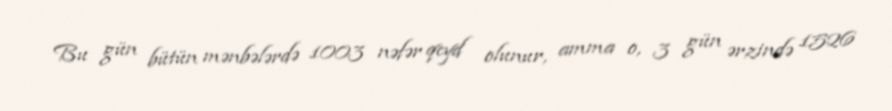
Bu gün bütün mənbələrdə 1003 nəfər qeyd olunur, amma o, 3 gün ərzində 1526